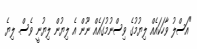
"އަސްލު ވާހަކައެއް ލިޔުމުގެ ވިސްނުމުގައެއް ނޫން އެ ލިޔުން ލިޔުނީ ވެސް. ލިޔެ